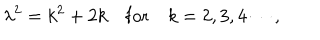
\lambda ^ { 2 } = k ^ { 2 } + 2 k \quad \mathrm { f o r } \quad k = 2 , 3 , 4 \cdots ,